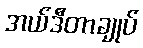
အယ်ဒီတာချုပ်